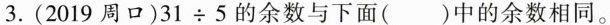
3.(2019周口)$$3 1 \div 5$$的余数与下面()中的余数相同。